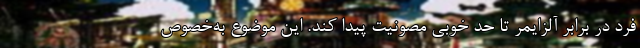
فرد در برابر آلزایمر تا حد خوبی مصونیت پیدا کند. این موضوع به‌خصوص